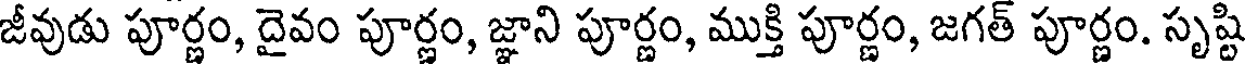
జీవుడు పూర్ణం, దైవం పూర్ణం, జ్ఞాని పూర్ణం, ముక్తి పూర్ణం, జగత్ పూర్ణం. సృష్టి